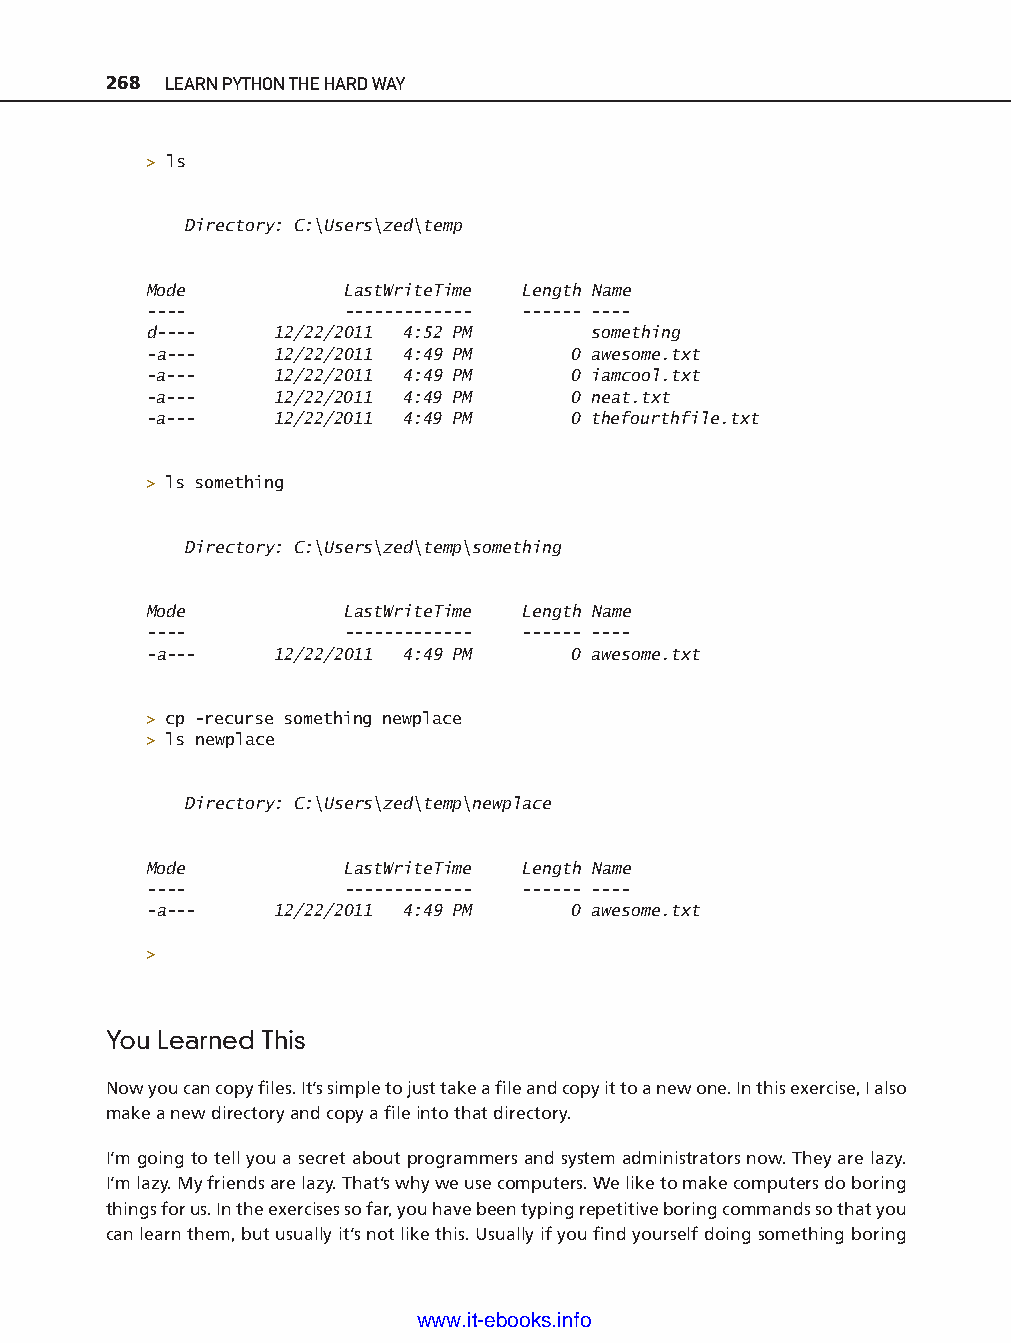
268 LEARN PYTHON THE HARD WAY
 > ls
 Directory: C:\Users\zed\temp
 Mode         LastWriteTime Length Name
 -- - -       -- - - - - - - - - -- - -- - -- - -- - -
 d-- - - 12/22/2011 4:52 PM   something
 -a -- - 12/22/2011 4:49 PM  0 awesome.txt
 -a -- - 12/22/2011 4:49 PM  0 iamcool.txt
 -a -- - 12/22/2011 4:49 PM  0 neat.txt
 -a -- - 12/22/2011 4:49 PM  0 thefourthfile.txt
 > ls something
 Directory: C:\Users\zed\temp\something
 Mode         LastWriteTime Length Name
 -- - -       -- - - - - - - - - -- - -- - -- - -- - -
 -a -- - 12/22/2011 4:49 PM  0 awesome.txt
 ptg11539604
 > cp -r ecurse something newplace
 > ls newplace
 Directory: C:\Users\zed\temp\newplace
 Mode         LastWriteTime Length Name
 -- - -       -- - - - - - - - - -- - -- - -- - -- - -
 -a -- - 12/22/2011 4:49 PM  0 awesome.txt
 >
 You Learned This
 Now you can copy fi les. It’s simple to just take a fi le and copy it to a new one. In this exercise, I also
 make a new directory and copy a fi le into that directory.
 I’m going to tell you a secret about programmers and system administrators now. They are lazy.
 I’m lazy. My friends are lazy. That’s why we use computers. We like to make computers do boring
 things for us. In the exercises so far, you have been typing repetitive boring commands so that you
 can learn them, but usually it’s not like this. Usually if you fi nd yourself doing something boring
 www.it-ebooks.info